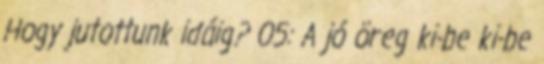
Hogy jutottunk idáig? 05: A jó öreg ki-be ki-be